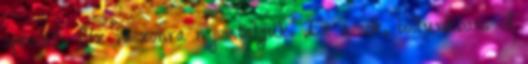
speciális flíz vászonra nyomtatjuk. Ez a sok, boltunkban. A